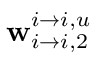
\mathbf { w } _ { i \rightarrow i , 2 } ^ { i \rightarrow i , u }